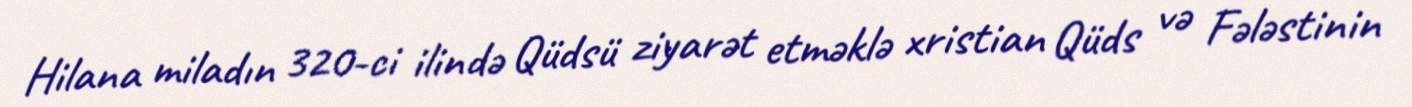
Hilana miladın 320-ci ilində Qüdsü ziyarət etməklə xristian Qüds və Fələstinin